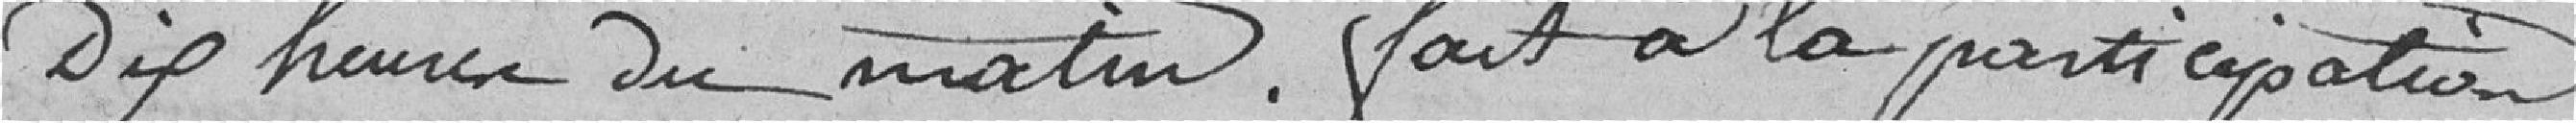
dix heures du matin. Fait à la participation